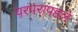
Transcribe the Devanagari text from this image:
परंपरापहले